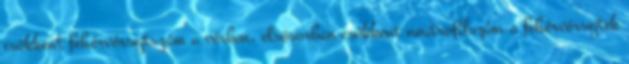
csökkent fehérvérsejtszám a vérben, elsősorban csökkent neutrofilszám a fehérvérsejtek